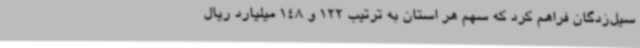
سیل‌زدگان فراهم کرد که سهم هر استان به ترتیب 122 و 148 میلیارد ریال